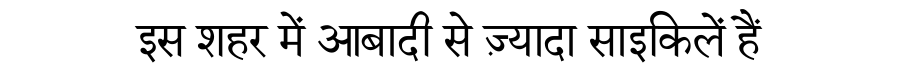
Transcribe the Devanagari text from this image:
इस शहर में आबादी से ज़्यादा साइकिलें हैं